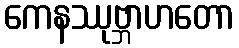
ကေနဿုဗ္ဘာဟတော